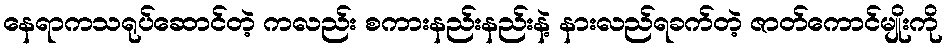
နေရာကသရုပ်ဆောင်တဲ့ ကလည်း စကားနည်းနည်းနဲ့ နားလည်ရခက်တဲ့ ဇာတ်ကောင်မျိုးကို